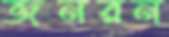
জনরন